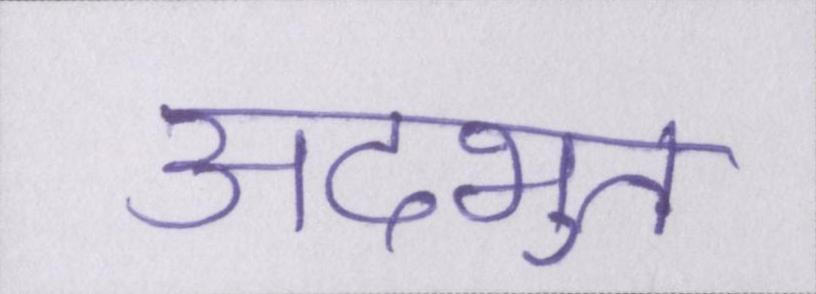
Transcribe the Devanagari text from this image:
अदभुत